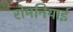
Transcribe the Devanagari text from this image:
रोमनियाई